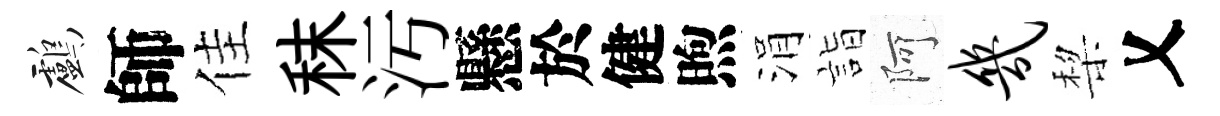
鸕師佳秣汚懸於健煦涓詣阿几棃乂